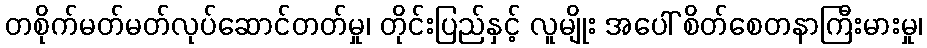
တစိုက်မတ်မတ်လုပ်ဆောင်တတ်မှု၊ တိုင်းပြည်နှင့် လူမျိုး အပေါ် စိတ်စေတနာကြီးမားမှု၊